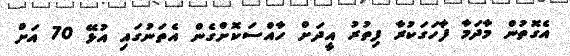
އެގޮތުން މާދަމާ ފާހަގަކުރާ ފިތުރު އީދަށް ހާއްސަކޮށްގެން އެތަނުގައި އުޅޭ 70 އަށް